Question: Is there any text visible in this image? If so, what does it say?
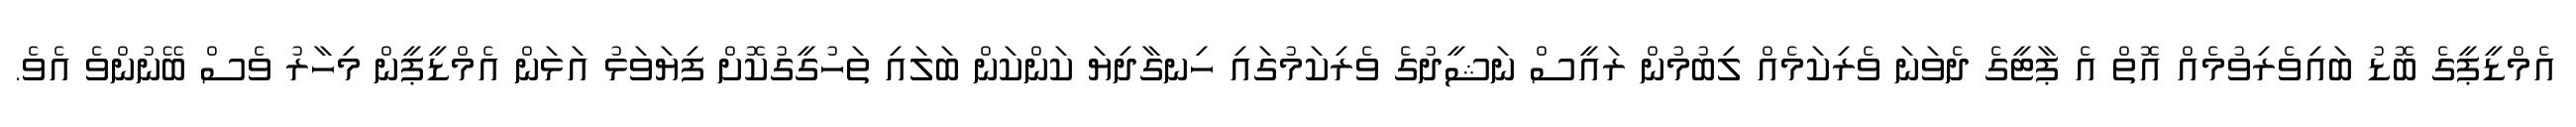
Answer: އެމްޑީޕީގެ ބޮޑު ބައިވެރިވުމެއް އޮތް އެ ޕާޓީގެ ދެވަނަ ވެރިކަމެއް ލިބުމުން ރައީސް ނަޝީދުގެ ވެރިކަމުގައި ހިނގާދިޔަ ކަންކަން ބަލައި ތަހުގީގުކޮށް ފިޔަވަޅު އަޅަން އެމްޑީޕީން މިހާރު ވެސް ބޭނުންވެ އެވެ.